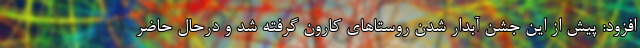
افزود: پیش از این جشن آبدار شدن روستاهای کارون گرفته شد و درحال حاضر